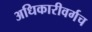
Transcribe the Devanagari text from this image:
अधिकारीवर्गच